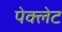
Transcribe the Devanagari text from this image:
पेक्लेट